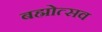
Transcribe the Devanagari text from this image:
बह्मोत्‍सव